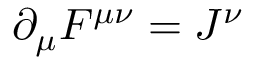
\partial _ { \mu } F ^ { \mu \nu } = J ^ { \nu }